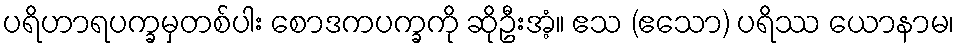
ပရိဟာရပက္ခမှတစ်ပါး စောဒကပက္ခကို ဆိုဦးအံ့။ ဧသ (ဧသော) ပရိဿ ယောနာမ၊